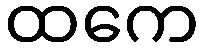
ထကေ